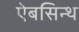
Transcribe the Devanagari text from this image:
ऐबसिन्थ